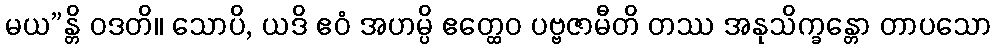
မယ”န္တိ ဝဒတိ။ သောပိ, ယဒိ ဧဝံ အဟမ္ပိ ဧတ္ထေဝ ပဗ္ဗဇာမီတိ တဿ အနုသိက္ခန္တော တာပသော